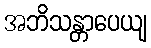
အဘိသန္တာပေယျ